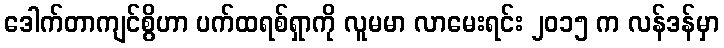
ဒေါက်တာကျင်စွိဟာ ပက်ထရစ်ရှာကို လူမမာ လာမေးရင်း ၂၀၁၅ က လန်ဒန်မှာ